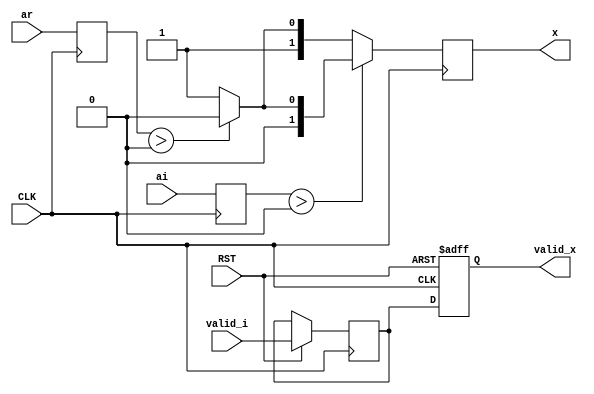

module qpsk_inv
  (
   input               CLK,
   input               RST,

   input               valid_i,
   input signed [10:0] ar,
   input signed [10:0] ai,

   output reg          valid_x,
   output reg [1:0]    x
   );

    reg signed [10:0]  add;
    reg signed [10:0]  sub;
   
    reg                 valid_z;

    always @(posedge CLK or negedge RST)
      if (!RST) begin
          valid_x <= 1'b0;
      end else begin
          valid_z <= valid_i;
          valid_x <= valid_z;
      end

    
    always @(posedge CLK)
      begin
          add <= ai;
          sub <= ar;
      end

    always @(posedge CLK)
      begin
          if (add > 0)
            begin
                if (sub > 0)
                  x <= 2'b00;
                else
                  x <= 2'b01;
            end
          else
            begin
                if (sub > 0)
                  x <= 2'b10;
                else
                  x <= 2'b11;
            end
      end // always @ (posedge CLK)

endmodule